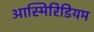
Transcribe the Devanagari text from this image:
आस्मिरिडियम